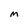
Character: M